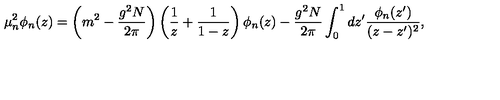
\mu _ { n } ^ { 2 } \phi _ { n } ( z ) = \left( m ^ { 2 } - \frac { g ^ { 2 } N } { 2 \pi } \right) \left( \frac { 1 } { z } + \frac { 1 } { 1 - z } \right) \phi _ { n } ( z ) - \frac { g ^ { 2 } N } { 2 \pi } \int _ { 0 } ^ { 1 } d z ^ { \prime } \frac { \phi _ { n } ( z ^ { \prime } ) } { ( z - z ^ { \prime } ) ^ { 2 } } ,